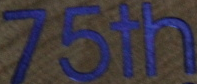
75th